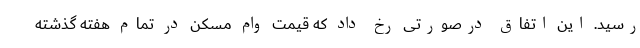
رسید. این اتفاق درصورتی رخ داد که قیمت وام مسکن در تمام هفته گذشته